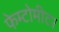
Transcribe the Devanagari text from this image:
फेम्टोमीटर